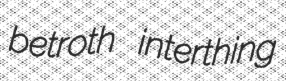
betroth interthing